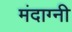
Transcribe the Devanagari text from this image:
मंदाग्नी